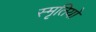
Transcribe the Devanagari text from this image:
स्मृतियो